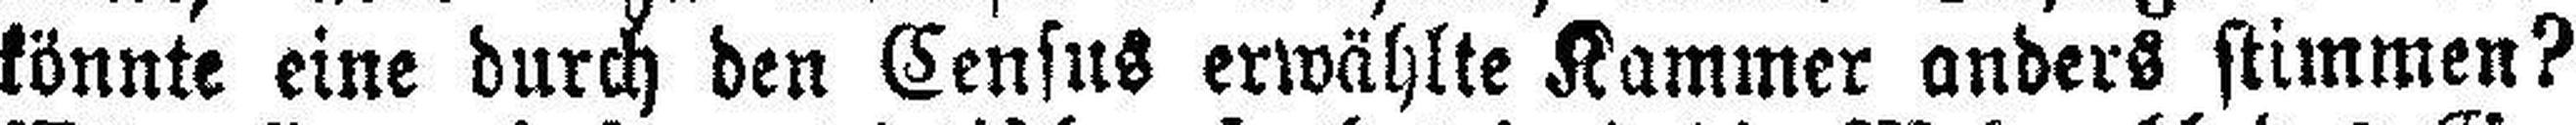
könnte eine durch den Census erwählte Kammer anders stimmen?